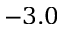
- 3 . 0